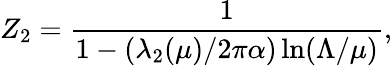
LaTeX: Z_{2}={\frac{1}{1-(\lambda_{2}(\mu)/2\pi\alpha)\ln(\Lambda/\mu)}},